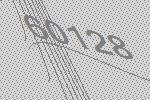
60128